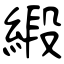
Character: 緞